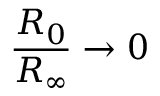
\frac { R _ { 0 } } { R _ { \infty } } \rightarrow 0